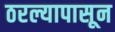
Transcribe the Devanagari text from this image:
ठरल्यापासून